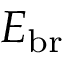
\phantom { + } E _ { \mathrm { b r } }